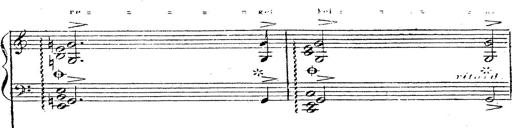
Title: 12 Lieder von Franz Schubert
Composer: Franz Liszt